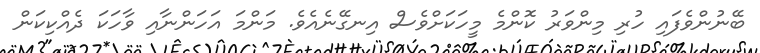
ބޭނުންވެފައި ހުރި މިންވަރު ކޮންމެ މީހަކަށްވެސް އިނގޭނެއެވެ. މަންމަ އަހަންނާއި ވާހަކަ ދެއްކިކަން